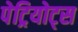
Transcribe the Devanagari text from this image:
पेट्रियोट्स